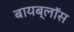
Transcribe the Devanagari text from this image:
बायब्लॉस